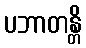
ပဘာတန္တိ